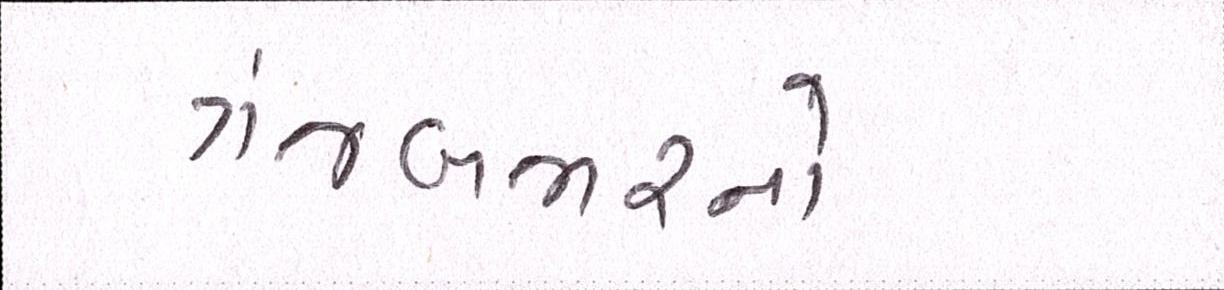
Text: ગંજબજારનો